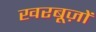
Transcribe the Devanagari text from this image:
खरबूज़ों